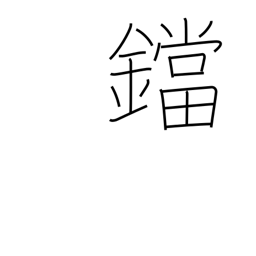
Meaning: flatiron